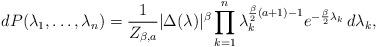
LaTeX: \begin{align*} dP(\lambda_1,\ldots , \lambda_n) = \frac{1}{Z_{\beta,a}} |\Delta( \lambda)|^{\beta} \prod_{k=1}^n \lambda_{k}^{\frac{\beta}{2}(a+1)-1} e^{-\frac{\beta}{2} \lambda_k} \, d\lambda_k,\end{align*}